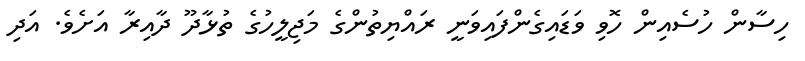
ހިސާން ހުސެއިން ހޮވި ވަޑައިގެންފައިވަނީ ރައްޔިތުންގެ މަޖިލީހުގެ ތުޅާދޫ ދާއިރާ އަށެވެ. އަދި